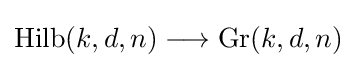
\operatorname {Hilb} (k,d,n)\longrightarrow \operatorname {Gr} (k,d,n)